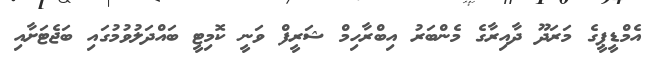
އެމްޑީޕީގެ މަރަދޫ ދާއިރާގެ މެންބަރު އިބްރާހިމް ޝަރީފް ވަނީ ކޮމިޓީ ބައްދަލުވުމުގައި ބަޖެޓަށާއި